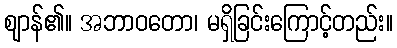
ဈာန်၏။ အဘာဝတော၊ မရှိခြင်းကြောင့်တည်း။